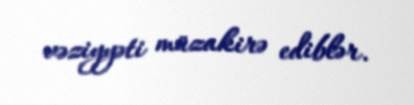
vəziyyəti müzakirə ediblər.